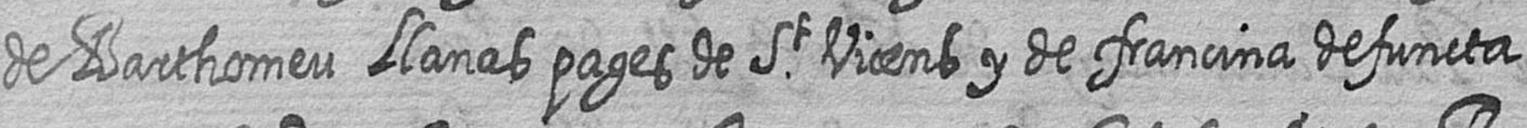
de Barthomeu Llanas pages de St Vicens y de francina defuncta